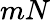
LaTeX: mN